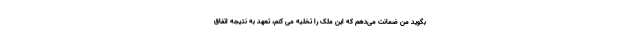
بگوید من ضمانت می‌دهم که این ملک را تخلیه می کنم،‌ تعهد به نتیجه اتفاق